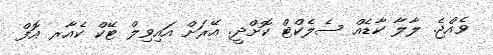
ވެއްޖެ. ލާލާ ކާޑެއް ސެލެކްޓް ކޮށްދީ. އޭރަށް އައިވިލް ޓޭކް ކެއާރ އޮފް